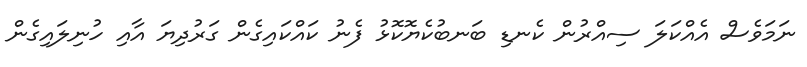
ނަމަވެސް އެއްކަލަ ސިއްރުން ކެނޑި ބަނބުކެޔޮކޮޅު ފެނު ކައްކައިގެން ގަރުދިޔަ އާއި ހުނިލައިގެން